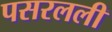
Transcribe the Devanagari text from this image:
पसरलली